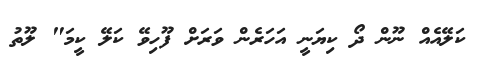
ކަލޭއެއް ނޫން ދޯ ކިޔަނީ އަހަރެން ވަރަށް ފޫހިވޭ ކަލޭ ކީމަ" ލޫތު